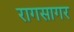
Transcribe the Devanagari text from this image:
रागसागर